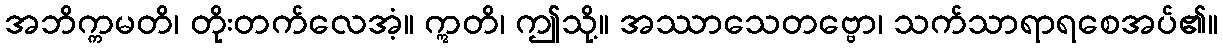
အဘိက္ကမတိ၊ တိုးတက်လေအံ့။ ဣတိ၊ ဤသို့။ အဿာသေတဗ္ဗော၊ သက်သာရာရစေအပ်၏။